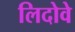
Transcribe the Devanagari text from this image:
लिदोवे